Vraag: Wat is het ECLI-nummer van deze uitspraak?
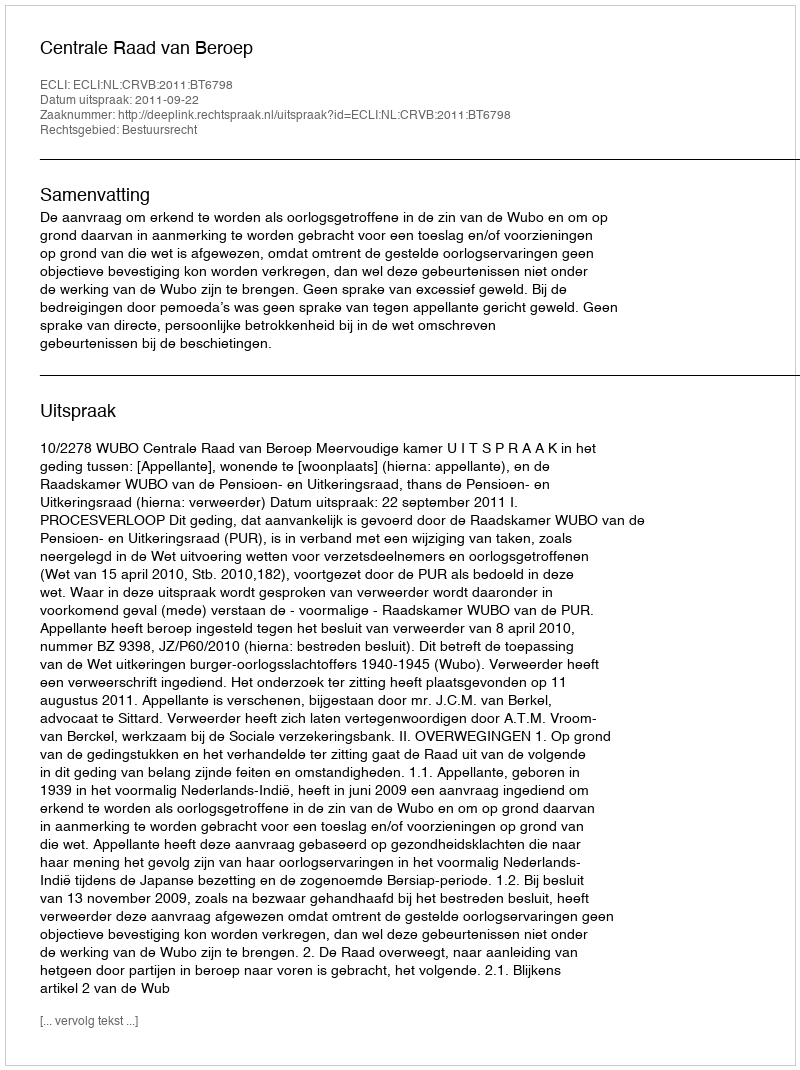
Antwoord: ECLI:NL:CRVB:2011:BT6798